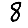
Digit: 8